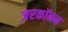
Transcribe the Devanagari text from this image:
ज़रकॉनन